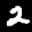
Label: 2